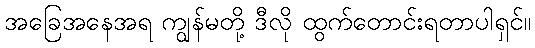
အခြေအနေအရ ကျွန်မတို့ ဒီလို ထွက်တောင်းရတာပါရှင်။